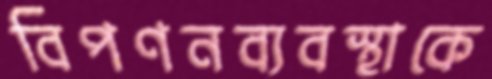
বিপণনব্যবস্থাকে